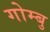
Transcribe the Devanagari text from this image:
गोम्बु